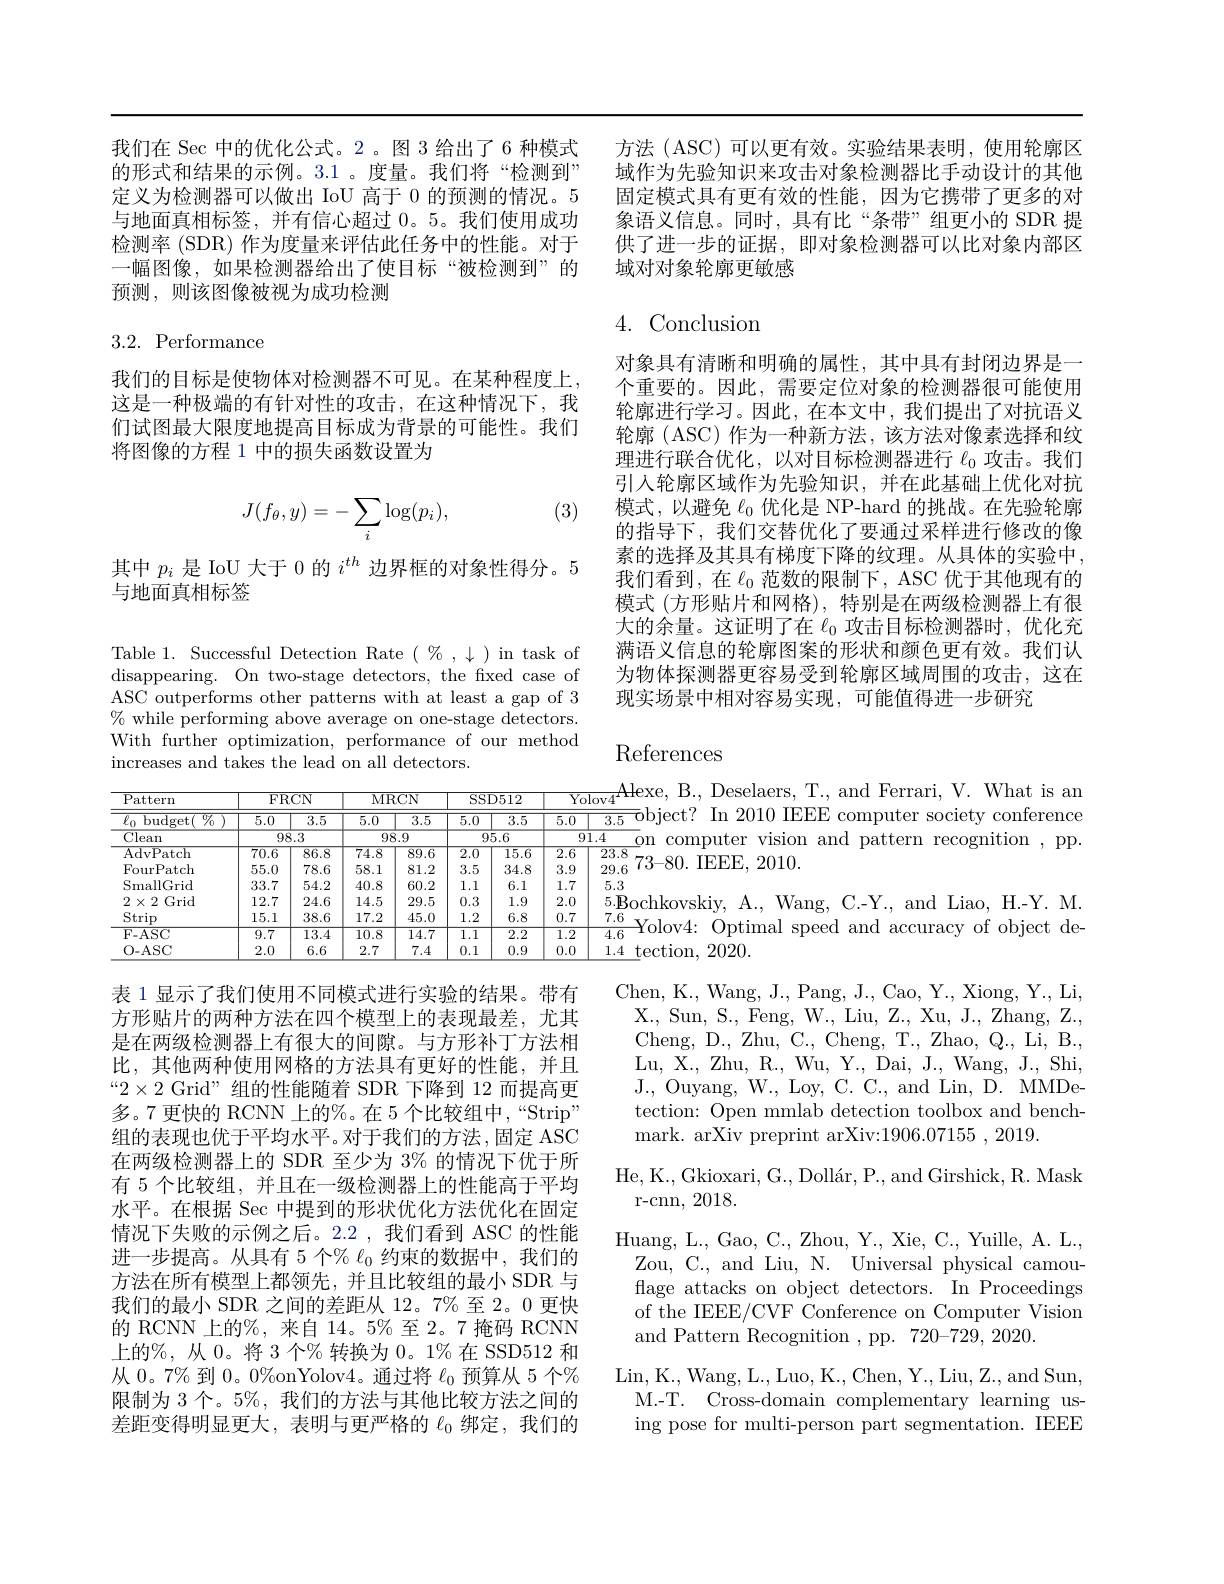
我们在 Sec 中的优化公式。2 。图 3 给出了 6 种模式 方法 (ASC) 可以更有效。实验结果表明，使用轮廓区的形式和结果的示例。3.1 。度量。我们将“检测到” 域作为先验知识来攻击对象检测器比手动设计的其他定义为检测器可以做出 IoU 高于0的预测的情况。5 固定模式具有更有效的性能，因为它携带了更多的对与地面真相标签，并有信心超过0。5。我们使用成功 象语义信息。同时，具有比“条带”组更小的 SDR 提检测率 (SDR) 作为度量来评估此任务中的性能。对于 供了进一步的证据，即对象检测器可以比对象内部区一幅图像，如果检测器给出了使目标“被检测到”的 域对对象轮廓更敏感

预测，则该图像被视为成功检测

4.Conclusion

## 3.2. Performance

我们的目标是使物体对检测器不可见。在某种程度上， 这是一种极端的有针对性的攻击，在这种情况下，我们试图最大限度地提高目标成为背景的可能性。我们将图像的方程 1 中的损失函数设置为

(3)
$$J(f_\theta,y)=-\sum_i\log(p_i),$$
对象具有清晰和明确的属性，其中具有封闭边界是一个重要的。因此，需要定位对象的检测器很可能使用轮廓进行学习。因此，在本文中，我们提出了对抗语义轮廓 (ASC) 作为一种新方法，该方法对像素选择和纹理进行联合优化，以对目标检测器进行$\ell_0$攻击。我们引入轮廓区域作为先验知识，并在此基础上优化对抗模式，以避免$\ell_{0}$优化是 NP-hard 的挑战。在先验轮廓的指导下，我们交替优化了要通过采样进行修改的像素的选择及其具有梯度下降的纹理。从具体的实验中， 我们看到，在$\ell_0$范数的限制下，ASC 优于其他现有的模式 (方形贴片和网格),特别是在两级检测器上有很大的余量。这证明了在$\ell_0$攻击目标检测器时，优化充满语义信息的轮廓图案的形状和颜色更有效。我们认为物体探测器更容易受到轮廓区域周围的攻击，这在现实场景中相对容易实现，可能值得进一步研究

其中$p_i$是 IoU 大于 0 的$i^{th}$边界框的对象性得分。5
与地面真相标签

Table 1. Successful Detection Rate $(\begin{array}{c}\%,\downarrow\end{array})$ in task of disappearing. On two-stage detectors, the fixed case of ASC outperforms other patterns with at least a gap of 3 $\%$ while performing above average on one-stage detectors. With further optimization, performance of our method increases and takes the lead on all detectors.

## References

<table>
	<tbody>
		<tr>
			<th rowspan="2">$\operatorname{Pattern}$ $\overline{\ell_{0}\text{ budget( }\%}$</th>
			<th colspan="2">FRCN</th>
			<th colspan="2">MRCN</th>
			<th colspan="2">SSD512</th>
			<th>$\overline{Y_{\mathrm{C}}}$</th>
			<th rowspan="2">$lolov4$ ${\bar{\text{object? In 2010 IEEE computer society conference}}}$ 3.5</th>
		</tr>
		<tr>
			<th>$\overline{5.0}$</th>
			<th>$\overline{3.5}$</th>
			<th>5.0</th>
			<th>$\overline{3.5}$</th>
			<th>$\overline{5.0}$</th>
			<th>$\overline{3.5}$</th>
			<th>$\overline{5.0}$</th>
		</tr>
		<tr>
			<td>$\overline{\text{Clean}}$</td>
			<td>98</td>
			<td>.3</td>
			<td colspan="2">98.9</td>
			<td>95</td>
			<td>$\overline{5.6}$</td>
			<td>9</td>
			<td>pn</td>
		</tr>
		<tr>
			<td>AdvPatch</td>
			<td>70.6</td>
			<td>86.8</td>
			<td>$\overline{4.8}$</td>
			<td>89.6</td>
			<td>2.0</td>
			<td>15.6</td>
			<td>2.6</td>
			<td>23.8</td>
		</tr>
		<tr>
			<td>FourPatch</td>
			<td>55.0</td>
			<td>78.6</td>
			<td>$i8.1$</td>
			<td>81.2</td>
			<td>3.5</td>
			<td>34.8</td>
			<td>3.9</td>
			<td>29.6 $1.0^{-1}$ $-{\mathcal{O}}U$ $\angle U\bot U.$</td>
		</tr>
		<tr>
			<td>SmallGrid</td>
			<td>33.7</td>
			<td>54.2</td>
			<td>.0.8</td>
			<td>60.2</td>
			<td>1.1 </td>
			<td>6.1</td>
			<td>1.7</td>
			<td>5.3</td>
		</tr>
		<tr>
			<td>$2\times2$Grid</td>
			<td>12.7</td>
			<td>24.6</td>
			<td>.4.5</td>
			<td>29.5</td>
			<td>0.3</td>
			<td>1.9</td>
			<td>2.0</td>
			<td>、F -1</td>
		</tr>
		<tr>
			<td>Strip</td>
			<td>15.1</td>
			<td>38.6</td>
			<td>7.2</td>
			<td>45.0</td>
			<td>1.2</td>
			<td>6.8</td>
			<td>0.7</td>
			<td>7.6</td>
		</tr>
		<tr>
			<td>F- ASC</td>
			<td>9.7</td>
			<td>13.4</td>
			<td>.0.8</td>
			<td>$\overline{14.7}$</td>
			<td>$\overline{1.1}$</td>
			<td>$\overline{2.2}$</td>
			<td>$\overline{1.2}$</td>
			<td>4 $F$ (0)|(1) 1.4. 010 $00.1ect$</td>
		</tr>
		<tr>
			<td>O- ASC</td>
			<td>2.0</td>
			<td>6.6</td>
			<td>2.7</td>
			<td>7.4</td>
			<td>0.1</td>
			<td>0.9</td>
			<td>0.0</td>
			<td>1.4 tection, 2020.</td>
		</tr>
	</tbody>
</table>

Chen, K., Wang, J., Pang, J., Cao, Y., Xiong, Y., Li, X., Sun, S., Feng, W., Liu, Z., Xu, J., Zhang, Z., Cheng, D., Zhu, C., Cheng, T., Zhao, Q., Li, B., Lu, X., Zhu, R., Wu, Y., Dai, J., Wang, J., Shi, J., Ouyang, W., Loy, C. C., and Lin, D. MMDetection: Open mmlab detection toolbox and benchmark. arXiv preprint arXiv:1906.07155 , 2019.
He, K., Gkioxari, G., Dollár, P., and Girshick, R. Mask
r-cnn, 2018.
Huang, L., Gao, C., Zhou, Y., Xie, C., Yuille, A. L.,
Zou, C., and Liu, N. Universal physical camouflage attacks on object detectors. In Proceedings of the IEEE/CVF Conference on Computer Vision and Pattern Recognition , pp. 720-729,2020.
Lin, K., Wang, L., Luo, K., Chen, Y., Liu, Z., and Sun, M.-T. Cross-domain complementary learning using pose for multi-person part segmentation. IEEE

表 1 显示了我们使用不同模式进行实验的结果。带有方形贴片的两种方法在四个模型上的表现最差，尤其是在两级检测器上有很大的间隙。与方形补丁方法相比，其他两种使用网格的方法具有更好的性能，并且“2×2 Grid”组的性能随着 SDR 下降到 12 而提高更多。7 更快的 RCNN 上的%。在 5 个比较组中，“Strip” 组的表现也优于平均水平。对于我们的方法，固定 ASC 在两级检测器上的 SDR 至少为 3% 的情况下优于所有 5 个比较组，并且在一级检测器上的性能高于平均水平。在根据 Sec 中提到的形状优化方法优化在固定情况下失败的示例之后。2.2 ,我们看到 ASC 的性能进一步提高。从具有 5 个% $\ell_0$约束的数据中，我们的方法在所有模型上都领先，并且比较组的最小 SDR 与我们的最小 SDR 之间的差距从 12。7%至 2。0 更快的 RCNN 上的%, 来自 14。5% 至 2。7 掩码 RCNN 上的%, 从 0。将 3 个% 转换为0。1%在 SSD512 和从 0。7% 到$0。0\%$onYolov4。通过将$\ell_0$预算从 5 个% 限制为 3 个。5%, 我们的方法与其他比较方法之间的差距变得明显更大，表明与更严格的$\ell_{0}$绑定，我们的